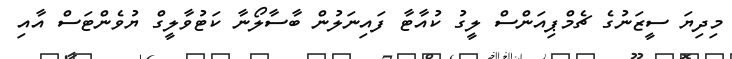
މިދިޔަ ސީޒަނުގެ ޗެމްޕިއަންސް ލީގު ކުއާޓާ ފައިނަލުން ބާސާލޯނާ ކަޓުވާލީގް ޔުވެންޓަސް އާއި